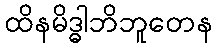
ထိနမိဒ္ဓါဘိဘူတေန